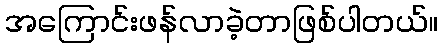
အကြောင်းဖန်လာခဲ့တာဖြစ်ပါတယ်။